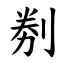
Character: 㓬